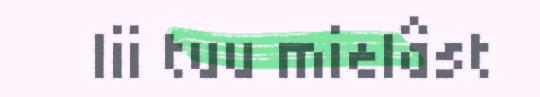
lii tuu mielâst